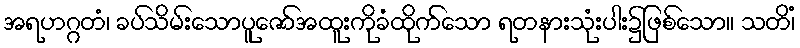
အရဟဂ္ဂတံ၊ ခပ်သိမ်းသောပူဇော်အထူးကိုခံထိုက်သော ရတနားသုံးပါး၌ဖြစ်သော။ သတိံ၊